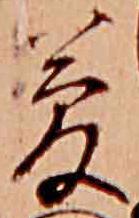
夢